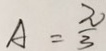
A = \frac { \pi } { 3 }